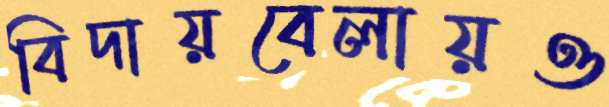
বিদায়বেলায়ও